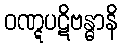
ဝဏ္ဋပဋိဗန္ဓာနိ